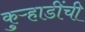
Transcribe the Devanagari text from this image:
कुऱ्हाडींची